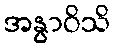
အနွာဝိသိ